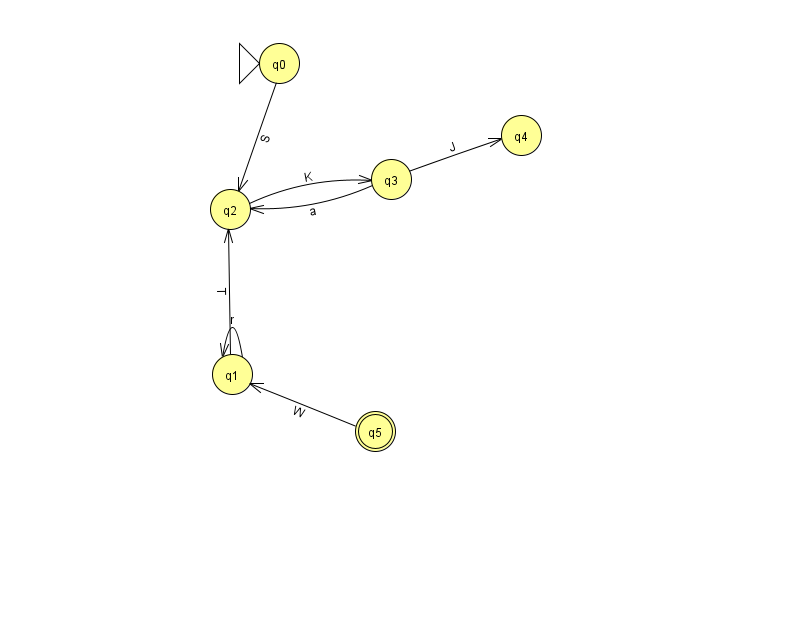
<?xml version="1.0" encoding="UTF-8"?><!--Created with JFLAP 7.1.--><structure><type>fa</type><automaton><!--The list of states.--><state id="0" name="q0"><x>279.0</x><y>50.0</y><initial/></state><state id="1" name="q1"><x>232.0</x><y>361.0</y></state><state id="2" name="q2"><x>230.0</x><y>196.0</y></state><state id="3" name="q3"><x>391.0</x><y>166.0</y></state><state id="4" name="q4"><x>521.0</x><y>122.0</y></state><state id="5" name="q5"><x>375.0</x><y>418.0</y><final/></state><!--The list of transitions.--><transition><from>3</from><to>4</to><read>J</read></transition><transition><from>1</from><to>1</to><read>r</read></transition><transition><from>2</from><to>3</to><read>K</read></transition><transition><from>1</from><to>2</to><read>T</read></transition><transition><from>0</from><to>2</to><read>S</read></transition><transition><from>3</from><to>2</to><read>a</read></transition><transition><from>5</from><to>1</to><read>W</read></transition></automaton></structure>